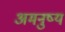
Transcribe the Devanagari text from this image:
अमनुष्य